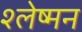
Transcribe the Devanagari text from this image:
श्‍लेष्‍मन